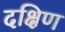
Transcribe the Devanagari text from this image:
दक्षिण्‍ा